Report of the King Institute of Preventive Medicine, Guindy
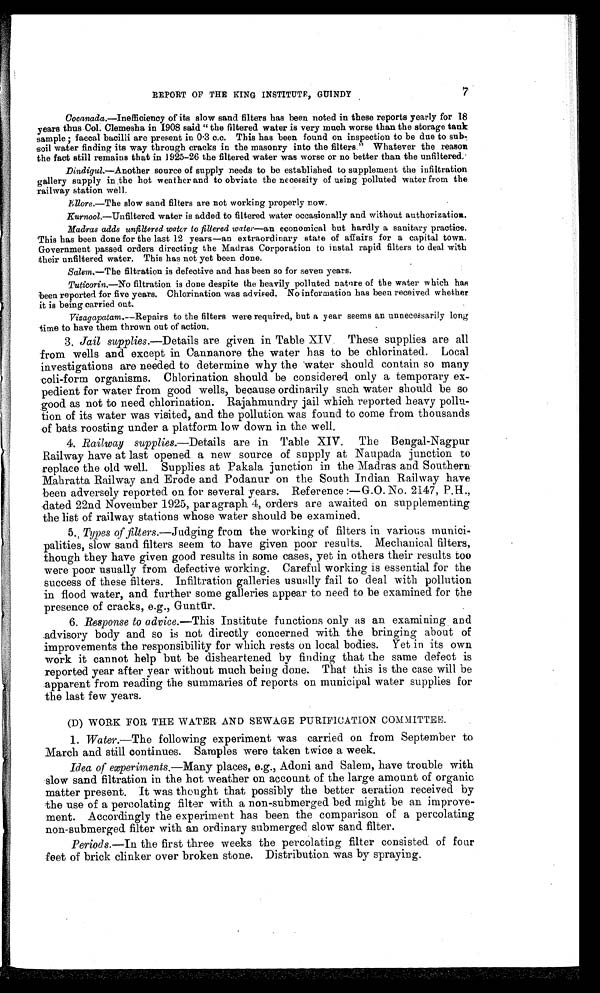
7
REPORT OF THE KING INSTITUTE, GUINDY
Cocanada .—Inefficiency of its slow sand filters has been noted in these reports yearly for 18
years thus Col. Clemesha in 1908 said "the filtered water is very much worse than the storage tank
sample; faecal bacilli are present in 0.3 c.c. This has been found on inspection to be due to sub
- soil water finding its way through cracks in the masonry into the filters." Whatever the reason
the fact still remains that in 1925-26 the filtered water was worse or no better than the unfiltered.
Dindigul —Another source of supply needs to be established to supplement the infiltration
gallery supply in the hot weather and to obviate the necessity of using polluted water from the
railway station well.
Ellore.—The slow sand filters are not working properly now.
Kurnool.—Unfiltered water is added to filtered water occasionally and without authorization.
Madras adds unfiltered water to filtered water—an economical but hardly a sanitary practice.
This has been done for the last 12 years—an extraordinary state of affairs for a capital town.
Government passed orders directing the Madras Corporation to instal rapid filters to deal with
their unfiltered water. This has not yet been done.
Salem.—The filtration is defective and has been so for seven years.
Tuticorin.—No filtration is done despite the heavily polluted nature of the water which has
been reported for five years. Chlorination was advised. No information has been received whether
it is being carried out.
Vizagapatam.—Repairs to the filters were required, but a year seems an unnecessarily long
time to have them thrown out of action.
3. Jail supplies.—Details are given in Table XIV. These supplies are all
from wells and except in Cannanore the water has to be chlorinated. Local
investigations are needed to determine why the water should contain so many
coli-form organisms. Chlorination should be considered only a temporary ex
-
pedient for water from good wells, because ordinarily such water should be so
good as not to need chlorination. Rajahmundry jail which reported heavy pollu
-
tion of its water was visited, and the pollution was found to come from thousands
of bats roosting under a platform low down in the well.
4. Railway supplies.—Details are in Table XIV. The Bengal-Nagpur
Railway have at last opened a new source of supply at Naupada junction to
replace the old well. Supplies at Pakala junction in the Madras and Southern.
Mahratta Railway and Erode and Podanur on the South Indian Railway have
been adversely reported on for several years. Reference:—G.O.No.2147, P.H.,
dated 22nd November 1925, paragraph 4, orders are awaited on supplementing
the list of railway stations whose water should be examined.
5. Types of filters.—Judging from the working of filters in various munici
-
palities, slow sand filters seem to have given poor results, Mechanical filters,
though they have given good results in some cases, yet in others their results too
were poor usually from defective working. Careful working is essential for the
success of these filters. Infiltration galleries usually fail to deal -with pollution
in flood water, and further some galleries appear to need to be examined for the
presence of cracks, e.g., Gunt ūr.
6. Response to advice.—This Institute functions only as an examining and
advisory body and so is not directly concerned with the bringing about of
improvements the responsibility for which rests on local bodies. Yet in its own
work it cannot help but be disheartened by finding that the same defect is
reported year after year without much being done. That this is the case will be
apparent from reading the summaries of reports on municipal water supplies for
the last few years.
(D) WORK FOR THE WATER AND SEWAGE PURIFICATION COMMITTEE.
1. Water.—The following experiment was carried on from September to
March and still continues. Samples were taken twice a week.
Idea of experiments.—Many places, e.g., Adoni and Salem, have trouble with
slow sand filtration in the hot weather on account of the large amount of organic
matter present. It was thought that possibly the better aeration received by
the use of a percolating filter with a non-submerged bed might be an improve
-ment. Accordingly the experiment has been the comparison of a percolating
non-submerged filter with an ordinary submerged slow sand filter.
Periods.—In the first three weeks the percolating filter consisted of four
feet of brick clinker over broken stone. Distribution was by spraying.